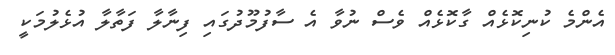
އެންމެ ކުނިކޮޅެއް ގާކޮޅެއް ވެސް ނުވާ އެ ސާފުމޫދުގައި ފިނާލާ ފަތާލާ އުޅެލުމަކީ